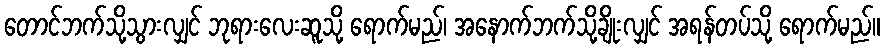
တောင်ဘက်သို့သွားလျှင် ဘုရားလေးဆူသို့ ရောက်မည်၊ အနောက်ဘက်သို့ချိုးလျှင် အရန်တပ်သို့ ရောက်မည်။